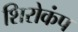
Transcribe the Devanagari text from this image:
शिरोकंप